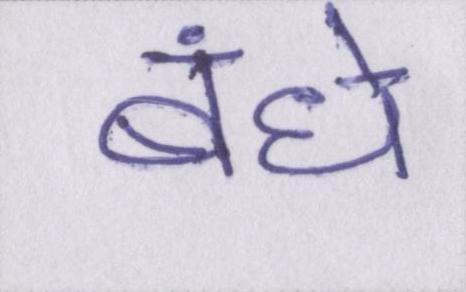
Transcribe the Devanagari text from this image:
बंधे